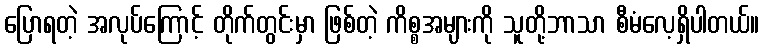
ပြောရတဲ့ အလုပ်ကြောင့် တိုက်တွင်းမှာ ဖြစ်တဲ့ ကိစ္စအများကို သူတို့ဘာသာ စီမံလေ့ရှိပါတယ်။